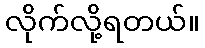
လိုက်လို့ရတယ်။